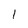
Character: l